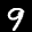
Label: 9